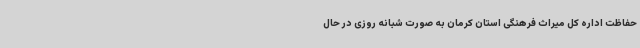
حفاظت اداره کل میراث فرهنگی استان کرمان به صورت شبانه روزی در حال